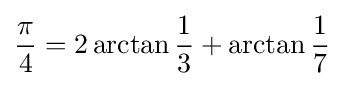
{\frac {\pi }{4}}=2\arctan {\frac {1}{3}}+\arctan {\frac {1}{7}}